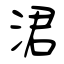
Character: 涒